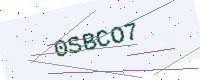
Text: 0SBCO7